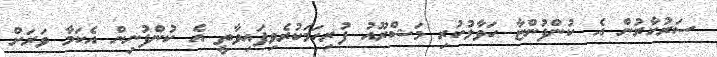
ސަރުކާރުން އެ ކުންފުންޏާ ހަވާލުކުރި މަޝްރޫއު ފުރިހަމަކުރެވިފައިވާތީ އެ ކުންފުނިން އެކަމާ ވަރަށް